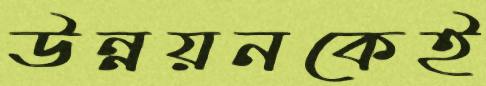
উন্নয়নকেই